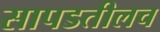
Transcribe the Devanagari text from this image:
सापडतीलच